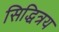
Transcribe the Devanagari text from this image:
सिद्धित्रय